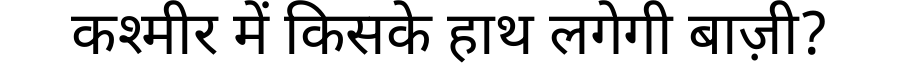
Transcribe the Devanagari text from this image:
कश्मीर में किसके हाथ लगेगी बाज़ी?